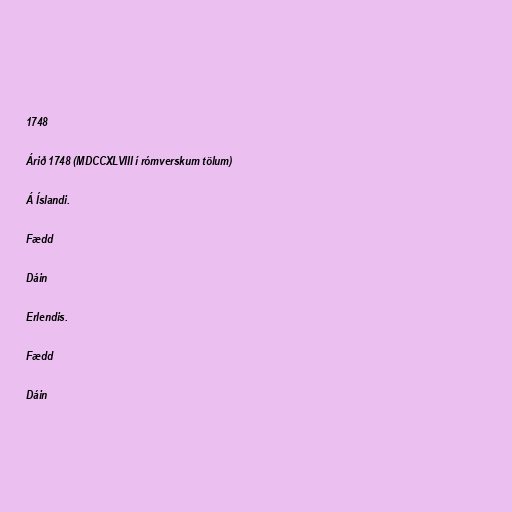
1748

Árið 1748 (MDCCXLVIII í rómverskum tölum)

Á Íslandi.

Fædd

Dáin

Erlendis.

Fædd

Dáin